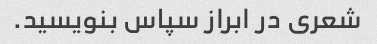
شعری در ابراز سپاس بنویسید.